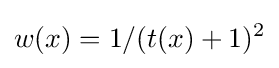
w(x)=1/(t(x)+1)^{2}